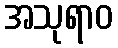
အသုရာဝ